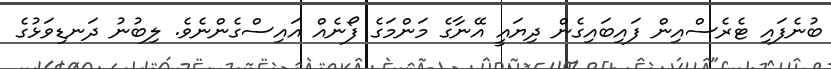
ބުނެފައި ޓެރެސްއިން ފައިބައިގެން ދިޔައީ އޭނާގެ މަންމަގެ ފޯނެއް އައިސްގެންނެވެ. ލިބުނު ދަނޑިވަޅުގެ